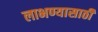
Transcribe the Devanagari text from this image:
लाभण्यासाठी